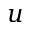
u